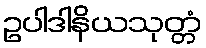
ဥပါဒါနိယသုတ္တံ